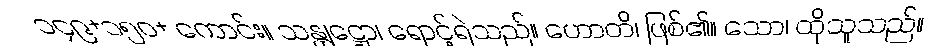
၁၄၉+၁၅၀+ ကောင်း။ သန္တုဋ္ဌော၊ ရောင့်ရဲသည်။ ဟောတိ၊ ဖြစ်၏။ သော၊ ထိုသူသည်။